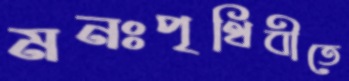
মনঃপৃথিবীতে